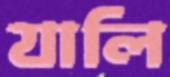
যালি